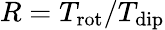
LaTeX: R=T_{\mathrm{rot}}/T_{\mathrm{dip}}